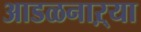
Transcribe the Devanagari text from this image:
आडळनाऱ्या